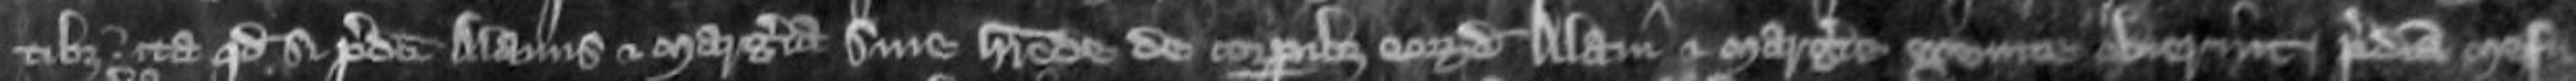
tibus ita quod si predicti Alanus et Margeria sine herede de corporibus eorundem Alani et Margerie exeunte obierint predicta mesu